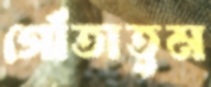
গোঁতাতুম